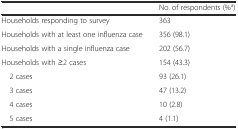
<table><thead><tr><td></td><td><b>No. of respondents (%<sup>a</sup>)</b></td></tr></thead><tbody><tr><td>Households responding to survey</td><td>363</td></tr><tr><td>Households with at least one influenza case</td><td>356 (98.1)</td></tr><tr><td>Households with a single influenza case</td><td>202 (56.7)</td></tr><tr><td>Households with ≥2 cases</td><td>154 (43.3)</td></tr><tr><td> 2 cases</td><td>93 (26.1)</td></tr><tr><td> 3 cases</td><td>47 (13.2)</td></tr><tr><td> 4 cases</td><td>10 (2.8)</td></tr><tr><td> 5 cases</td><td>4 (1.1)</td></tr></tbody></table>